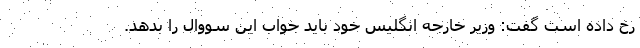
رخ داده است گفت: وزیر خارجه انگلیس خود باید جواب این سووال را بدهد.